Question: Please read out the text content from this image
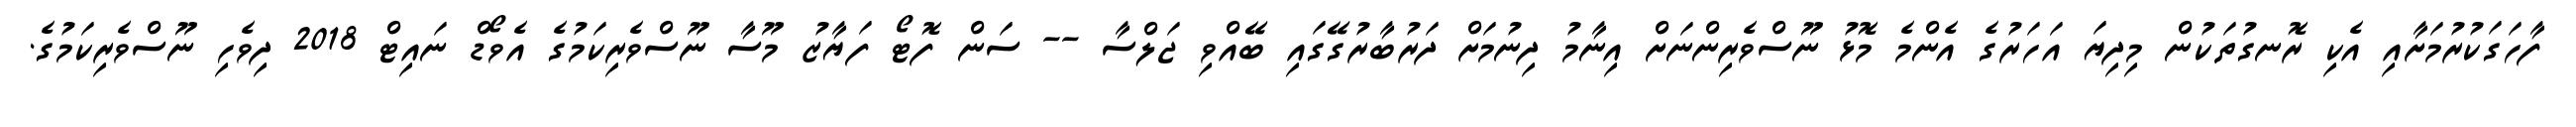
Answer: ފާހަގަކުރުމަށާއި އެކި ރޮނގުތަކުން މިދިޔަ އަހަރުގެ އެންމެ މޮޅު ނޫސްވެރިންނަށް އިނާމު ދިނުމަށް ދަރުބާރުގޭގައި ބޭއްވި ޖަލްސާ -- ސަން ފޮޓޯ ފަޔާޒު މޫސާ ނޫސްވެރިކަމުގެ އެވޯޑް ނައިޓް 2018 ދިވެހި ނޫސްވެރިކަމުގެ.